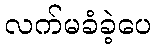
လက်မခံခဲ့ပေ